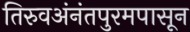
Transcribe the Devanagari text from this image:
तिरुवअंनंतपुरमपासून